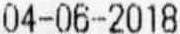
04-06-2018